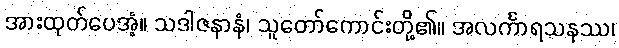
အားထုတ်ပေအံ့။ သဒါဇနာနံ၊ သူတော်ကောင်းတို့၏။ အလင်္ကာရသနဿ၊